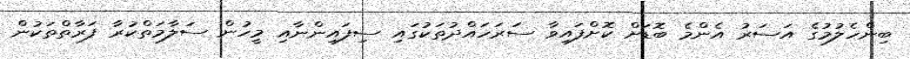
ބިންހެލުމުގެ އަސަރު އެންމެ ބޮޑަށް ކޮށްފައިވާ ސަރަހައްދުތަކުގައި ސިފައިންނާއި މީހުން ސަލާމަތްކުރާ ފަރާތްތަކުން